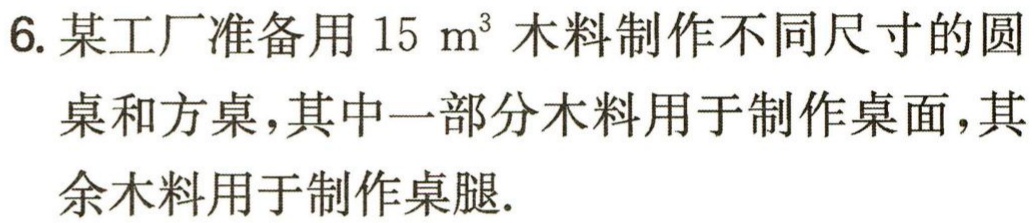
6. 某工厂准备用\(15\ \mathrm{m}^{3}\)木料制作不同尺寸的圆桌和方桌，其中一部分木料用于制作桌面，其余木料用于制作桌腿.